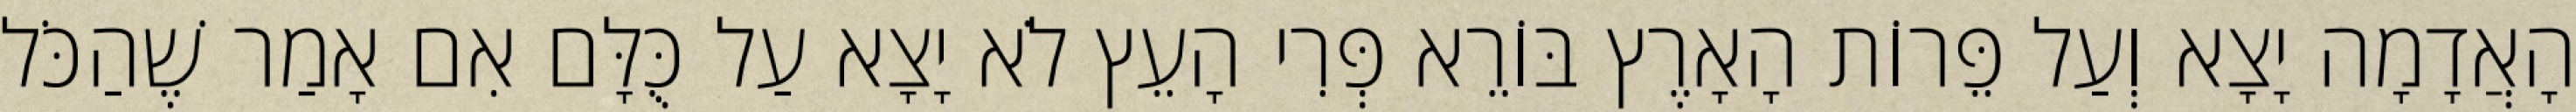
הָאֲדָמָה יָצָא וְעַל פֵּרוֹת הָאָרֶץ בּוֹרֵא פְּרִי הָעֵץ לֹא יָצָא עַל כֻּלָּם אִם אָמַר שֶׁהַכֹּל